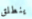
ينطلق